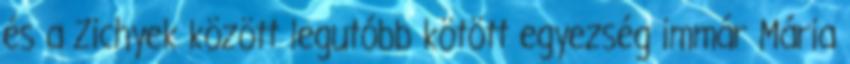
és a Zichyek között legutóbb kötött egyezség immár Mária